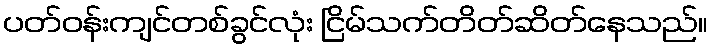
ပတ်ဝန်းကျင်တစ်ခွင်လုံး ငြိမ်သက်တိတ်ဆိတ်နေသည်။